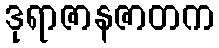
ဒုရာဇာနဇာတက